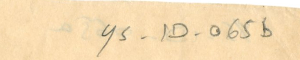
YS-1D-065b